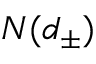
N ( d _ { \pm } )